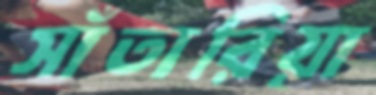
সাঁতারিয়া